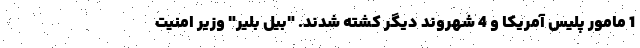
1 مامور پلیس آمریکا و 4 شهروند دیگر کشته شدند. "بیل بلیر" وزیر امنیت